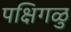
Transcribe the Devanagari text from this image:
पक्षिगळु